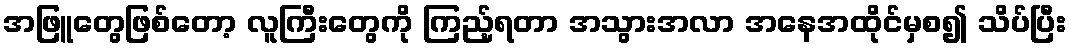
အဖြူတွေဖြစ်တော့ လူကြီးတွေကို ကြည့်ရတာ အသွားအလာ အနေအထိုင်မှစ၍ သိပ်ပြီး